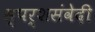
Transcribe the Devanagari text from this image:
स्पर्शसंवेदी